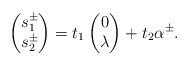
LaTeX: \begin{align*}\begin{pmatrix}s_1^{\pm} \\s_2^{\pm}\end{pmatrix}=t_1\begin{pmatrix}0 \\\lambda\end{pmatrix}+t_2 \alpha^{\pm}.\end{align*}